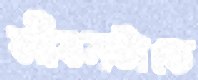
জীবনটাতে